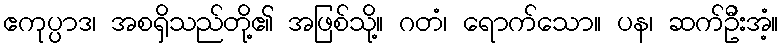
ဧကုပ္ပာဒ၊ အစရှိသည်တို့၏ အဖြစ်သို့။ ဂတံ၊ ရောက်သော။ ပန၊ ဆက်ဦးအံ့။